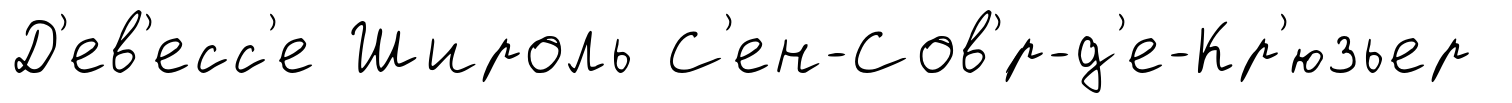
Д'ев'есс'е Широль С'ен-Сов'́р-д'е-Кр'юзьер